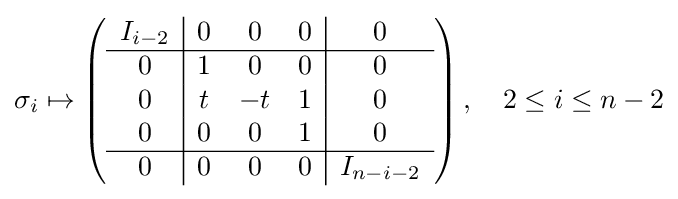
\sigma _{i}\mapsto \left({\begin{array}{c|ccc|c}I_{i-2}&0&0&0&0\\\hline 0&1&0&0&0\\0&t&-t&1&0\\0&0&0&1&0\\\hline 0&0&0&0&I_{n-i-2}\end{array}}\right),\quad 2\leq i\leq n-2